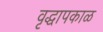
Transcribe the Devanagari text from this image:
वृद्धापकाळ